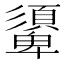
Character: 𩔾